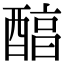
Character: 醕